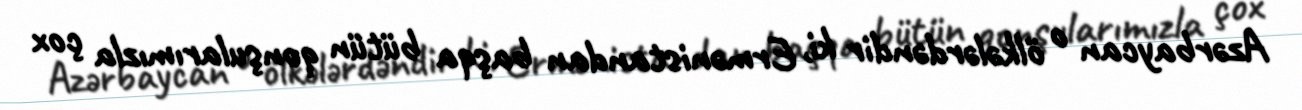
Azərbaycan o ölkələrdəndir ki, Ermənistandan başqa bütün qonşularımızla çox